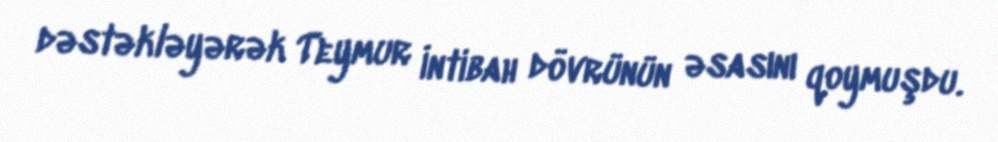
dəstəkləyərək Teymur İntibah dövrünün əsasını qoymuşdu.